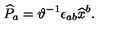
\widehat { P } _ { a } = \vartheta ^ { - 1 } \epsilon _ { a b } \widehat { x } ^ { b } .